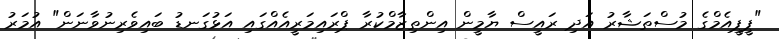
"ޕީޕީއެމްގެ މުސްތަޝާރު އަދި ރައީސް ޔާމީން އިންތިޒާމްކުރާ ޕްރައިމަރީއެއްގައި އަޅުގަނޑު ބައިވެރިނުވާނަން" އުމަރު